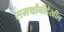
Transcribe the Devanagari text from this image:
समर्थांनीदेखील